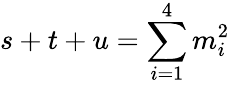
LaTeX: s+t+u=\sum_{i=1}^{4}m_{i}^{2}